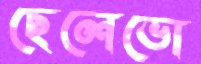
ছেলেভো